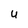
Character: U